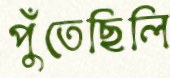
পুঁতেছিলি